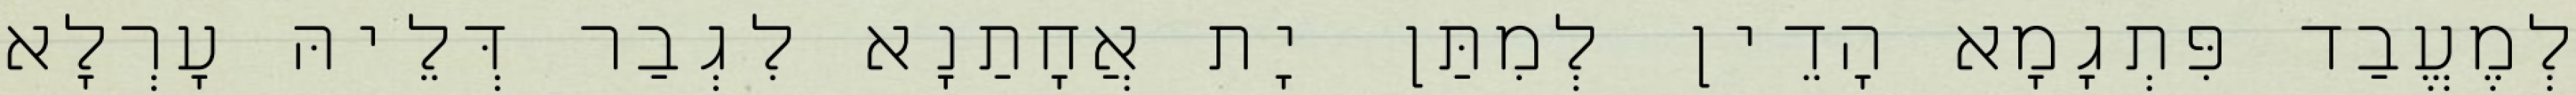
לְמֶעֱבַד פִּתְגָמָא הָדֵין לְמִתַּן יָת אֲחָתַנָא לִגְבַר דְּלֵיהּ עָרְלָא